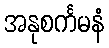
အနုစင်္ကမနံ